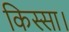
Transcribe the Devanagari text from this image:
किस्सा।